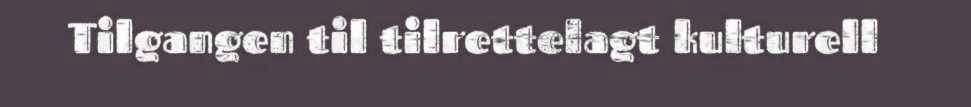
Tilgangen til tilrettelagt kulturell